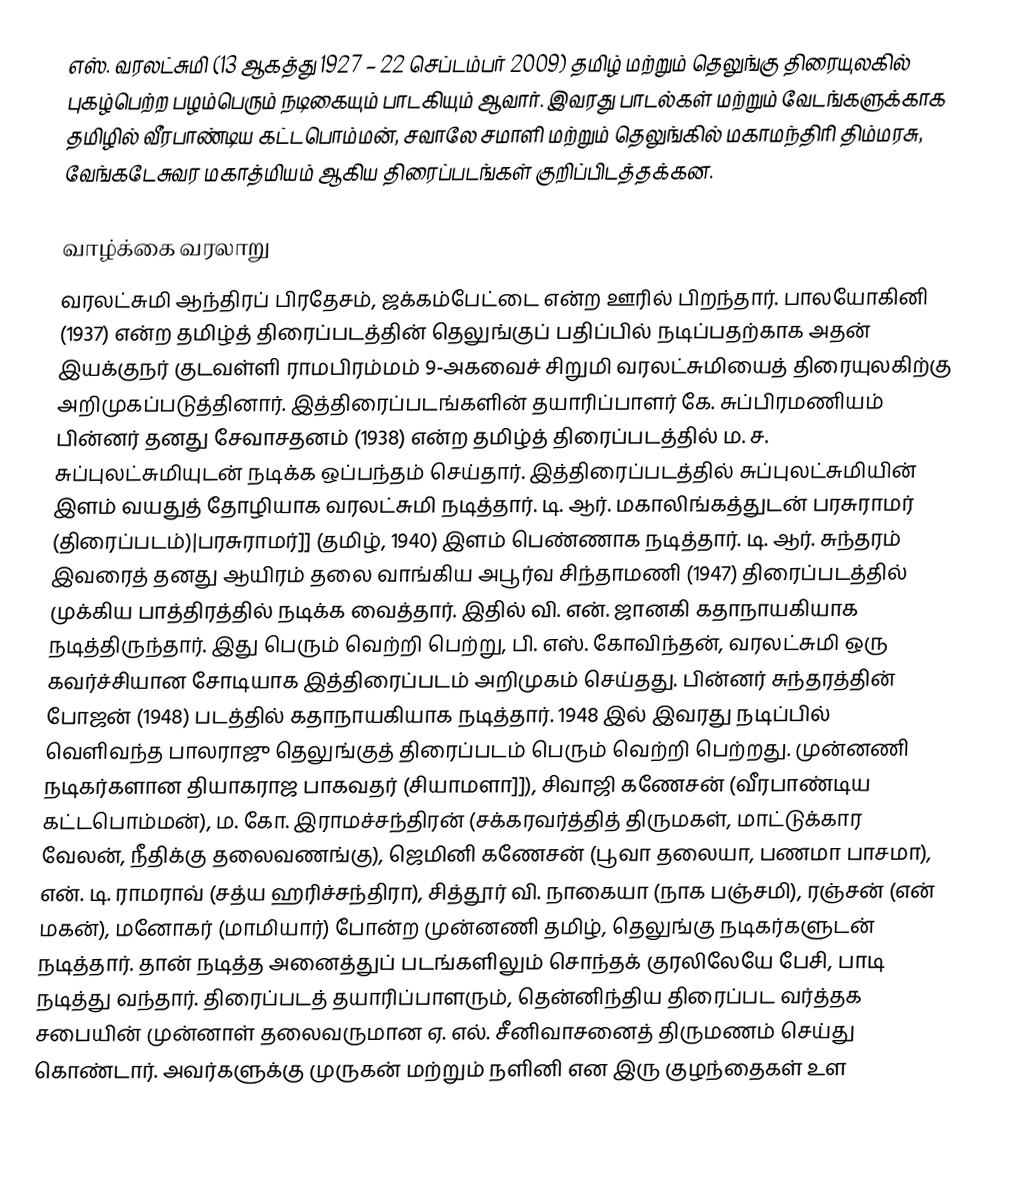
எஸ். வரலட்சுமி (13 ஆகத்து 1927 – 22 செப்டம்பர் 2009) தமிழ் மற்றும் தெலுங்கு திரையுலகில் புகழ்பெற்ற பழம்பெரும் நடிகையும் பாடகியும் ஆவார். இவரது பாடல்கள் மற்றும் வேடங்களுக்காக தமிழில் வீரபாண்டிய கட்டபொம்மன், சவாலே சமாளி மற்றும் தெலுங்கில் மகாமந்திரி திம்மரசு, வேங்கடேசுவர மகாத்மியம் ஆகிய திரைப்படங்கள் குறிப்பிடத்தக்கன.

வாழ்க்கை வரலாறு
வரலட்சுமி ஆந்திரப் பிரதேசம், ஜக்கம்பேட்டை என்ற ஊரில் பிறந்தார். பாலயோகினி (1937) என்ற தமிழ்த் திரைப்படத்தின் தெலுங்குப் பதிப்பில் நடிப்பதற்காக அதன் இயக்குநர் குடவள்ளி ராமபிரம்மம் 9-அகவைச் சிறுமி வரலட்சுமியைத் திரையுலகிற்கு அறிமுகப்படுத்தினார். இத்திரைப்படங்களின் தயாரிப்பாளர் கே. சுப்பிரமணியம் பின்னர் தனது சேவாசதனம் (1938) என்ற தமிழ்த் திரைப்படத்தில் ம. ச. சுப்புலட்சுமியுடன் நடிக்க ஒப்பந்தம் செய்தார். இத்திரைப்படத்தில் சுப்புலட்சுமியின் இளம் வயதுத் தோழியாக வரலட்சுமி நடித்தார். டி. ஆர். மகாலிங்கத்துடன் பரசுராமர் (திரைப்படம்)|பரசுராமர்]] (தமிழ், 1940) இளம் பெண்ணாக நடித்தார். டி. ஆர். சுந்தரம் இவரைத் தனது ஆயிரம் தலை வாங்கிய அபூர்வ சிந்தாமணி (1947) திரைப்படத்தில் முக்கிய பாத்திரத்தில் நடிக்க வைத்தார். இதில் வி. என். ஜானகி கதாநாயகியாக நடித்திருந்தார். இது பெரும் வெற்றி பெற்று, பி. எஸ். கோவிந்தன், வரலட்சுமி ஒரு கவர்ச்சியான சோடியாக இத்திரைப்படம் அறிமுகம் செய்தது. பின்னர் சுந்தரத்தின் போஜன் (1948) படத்தில் கதாநாயகியாக நடித்தார். 1948 இல் இவரது நடிப்பில் வெளிவந்த பாலராஜு தெலுங்குத் திரைப்படம் பெரும் வெற்றி பெற்றது. முன்னணி நடிகர்களான தியாகராஜ பாகவதர் (சியாமளா]]), சிவாஜி கணேசன் (வீரபாண்டிய கட்டபொம்மன்), ம. கோ. இராமச்சந்திரன் (சக்கரவர்த்தித் திருமகள், மாட்டுக்கார வேலன், நீதிக்கு தலைவணங்கு), ஜெமினி கணேசன் (பூவா தலையா, பணமா பாசமா), என். டி. ராமராவ் (சத்ய ஹரிச்சந்திரா), சித்தூர் வி. நாகையா (நாக பஞ்சமி), ரஞ்சன் (என் மகன்), மனோகர் (மாமியார்) போன்ற முன்னணி தமிழ், தெலுங்கு நடிகர்களுடன் நடித்தார். தான் நடித்த அனைத்துப் படங்களிலும் சொந்தக் குரலிலேயே பேசி, பாடி நடித்து வந்தார். திரைப்படத் தயாரிப்பாளரும், தென்னிந்திய திரைப்பட வர்த்தக சபையின் முன்னாள் தலைவருமான ஏ. எல். சீனிவாசனைத் திருமணம் செய்து கொண்டார். அவர்களுக்கு முருகன் மற்றும் நளினி என இரு குழந்தைகள் உள